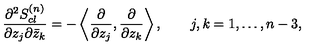
{ \frac { \partial ^ { 2 } S _ { c l } ^ { ( n ) } } { \partial z _ { j } \partial { \bar { z } _ { k } } } } = - \left\langle { \frac { \partial } { \partial z _ { j } } } , { \frac { \partial } { \partial z _ { k } } } \right\rangle , \qquad j , k = 1 , \ldots , n - 3 ,